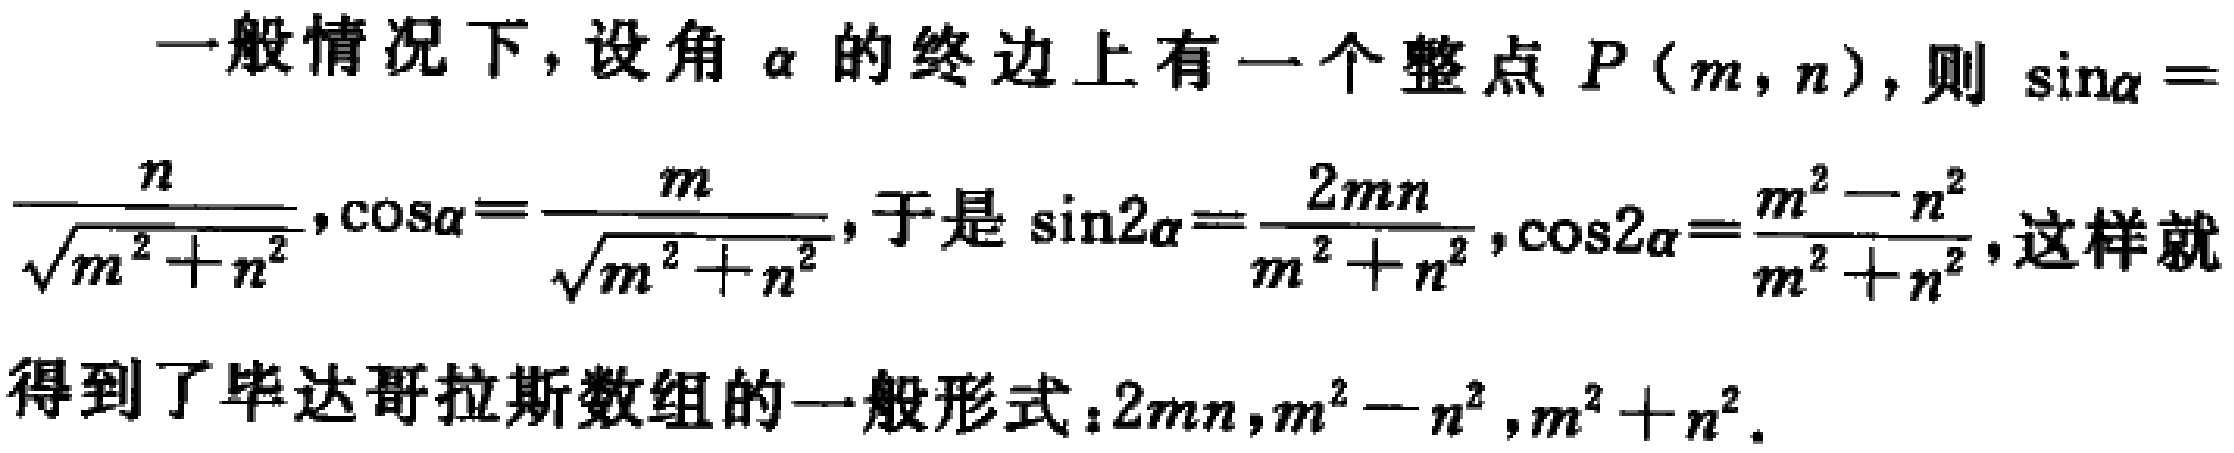
一般情况下，设角\(\alpha\)的终边上有一个整点\(P(m,n)\)，则\(\sin\alpha = \frac{n}{\sqrt{m^{2}+n^{2}}},\cos\alpha = \frac{m}{\sqrt{m^{2}+n^{2}}}\)，于是\(\sin2\alpha = \frac{2mn}{m^{2}+n^{2}},\cos2\alpha = \frac{m^{2}-n^{2}}{m^{2}+n^{2}}\)，这样就得到了毕达哥拉斯数组的一般形式：\(2mn,m^{2}-n^{2},m^{2}+n^{2}\)。